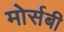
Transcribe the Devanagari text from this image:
मोर्सबी